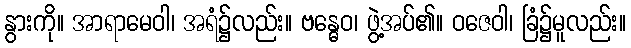
နွားကို။ အာရာမေဝါ၊ အရံ၌လည်း။ ဗန္ဓေဝ၊ ဖွဲ့အပ်၏။ ဝဇေဝါ၊ ခြံ၌မူလည်း။